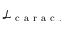
\mathcal { L } _ { \mathrm { ~ c ~ a ~ r ~ a ~ c ~ . ~ } }